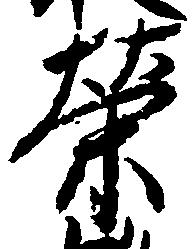
栄